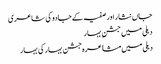
جاں نثار اور صفیہ کے جادو کی شاعری
دہلی میں جشنِ بہار
دہلی میں مشاعرہ جشن بہار کی بہار